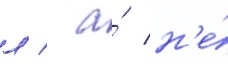
л / а́ н'е́